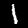
Digit: 1